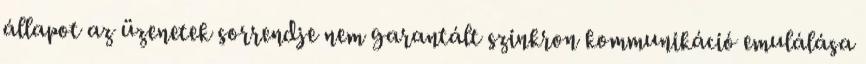
állapot az üzenetek sorrendje nem garantált szinkron kommunikáció emulálása